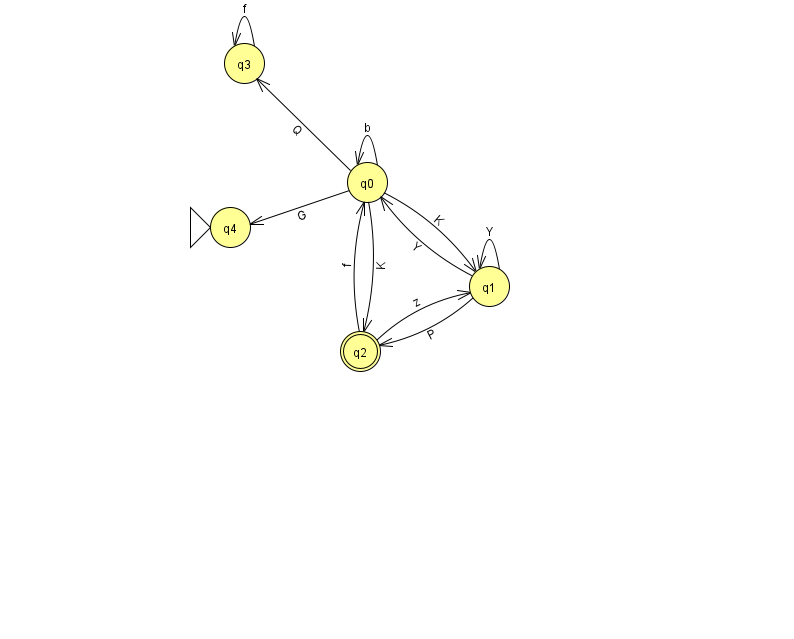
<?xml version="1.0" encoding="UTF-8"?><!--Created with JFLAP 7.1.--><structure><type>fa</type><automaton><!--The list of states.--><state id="0" name="q0"><x>367.0</x><y>169.0</y></state><state id="1" name="q1"><x>489.0</x><y>273.0</y></state><state id="2" name="q2"><x>360.0</x><y>338.0</y><final/></state><state id="3" name="q3"><x>244.0</x><y>50.0</y></state><state id="4" name="q4"><x>230.0</x><y>214.0</y><initial/></state><!--The list of transitions.--><transition><from>1</from><to>2</to><read>P</read></transition><transition><from>2</from><to>0</to><read>f</read></transition><transition><from>0</from><to>0</to><read>b</read></transition><transition><from>0</from><to>3</to><read>Q</read></transition><transition><from>3</from><to>3</to><read>f</read></transition><transition><from>1</from><to>1</to><read>Y</read></transition><transition><from>0</from><to>4</to><read>G</read></transition><transition><from>2</from><to>1</to><read>z</read></transition><transition><from>0</from><to>2</to><read>K</read></transition><transition><from>0</from><to>1</to><read>K</read></transition><transition><from>1</from><to>0</to><read>Y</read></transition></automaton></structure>